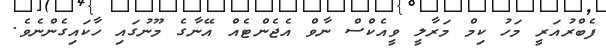
ފެބްރުއަރީ މަހު ކިމް މަރާލީ ވީއެކްސް ނާވް އެޖެންޓެއް އޭނާގެ މޫނުގައި ހާކައިގެންނެވެ.